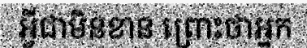
អ្វីជាមិនខាន ព្រោះថាអ្នក